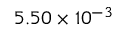
5 . 5 0 \times 1 0 ^ { - 3 }